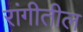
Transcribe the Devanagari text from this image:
रांगीतील